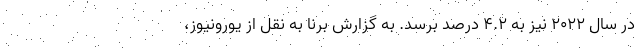
در سال ۲۰۲۲ نیز به ۴.۲ درصد برسد. به گزارش برنا به نقل از یورونیوز،